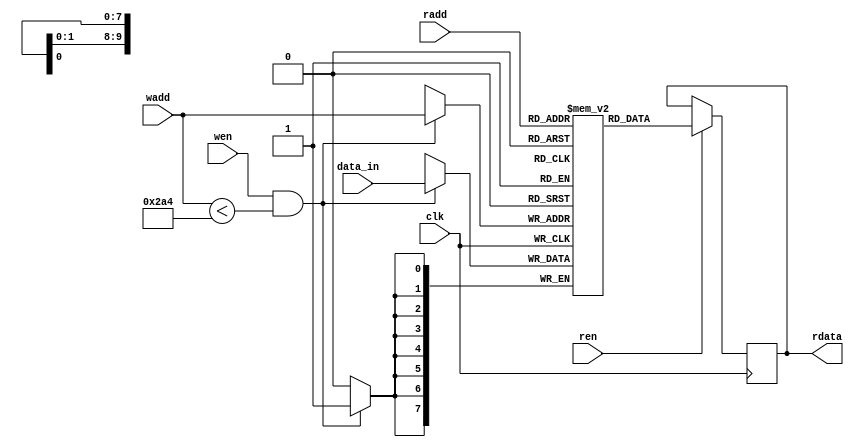
`timescale 1ns / 1ps
//////////////////////////////////////////////////////////////////////////////////
// Company: 
// Engineer: 
// 
// Design Name: 
// Module Name: memory_rstl_conv_2
// Project Name: 
// Target Devices: 
// Tool Versions: 
// Description: 
// 
// Dependencies: 
// 
// Revision:
// Revision 0.01 - File Created
// Additional Comments:
// 
//////////////////////////////////////////////////////////////////////////////////


module memory_rstl_conv_2 //test soc
#(
    //memory_rstl_conv
    parameter n_c = 5'd26,  //number of column matrix image 
    parameter n_r = 5'd26,  //number of rows matrix image 
    parameter dataWidthImg= 16,
    parameter numWeightRstlConv = 676,
    parameter addressWidthRstlConv = 10, 
    parameter dataWidthRstlConv = 8
)
( 
    input clk,
    input wen,
    input ren,
    input [addressWidthRstlConv-1:0] wadd,
    input [addressWidthRstlConv-1:0] radd,
    input signed [dataWidthRstlConv-1:0] data_in,

    output reg [dataWidthRstlConv-1:0] rdata

);
    
    reg [dataWidthRstlConv-1:0] mem_rstl_conv2 [numWeightRstlConv-1:0];



    always @(posedge clk)
    begin
       if (wen & (wadd < numWeightRstlConv))
       begin
           mem_rstl_conv2[wadd] <= data_in;
           $display("conv2, %d",wadd,data_in); 

       end
    end 
    
    always @(posedge clk)
    begin
        if (ren)
        begin
            rdata <= mem_rstl_conv2[radd];

        end
    end 
endmodule























//module memory_rstl_conv_2
//#(
//    //memory_rstl_conv
//    parameter n_c = 5'd26,  //number of column matrix image 
//    parameter n_r = 5'd26,  //number of rows matrix image 
//    parameter dataWidthImg= 16,
//    parameter numWeightRstlConv = 676,
//    parameter addressWidthRstlConv = 10, 
//    parameter dataWidthRstlConv = 8
//)
//( 
//    input clk,
//    input wen,
//    input ren,
//    input [addressWidthRstlConv-1:0] wadd,
//    input [addressWidthRstlConv-1:0] radd1,
//    input [addressWidthRstlConv-1:0] radd2,
//    input signed [dataWidthRstlConv-1:0] data_in,

//    output reg [dataWidthRstlConv-1:0] rdata0,
//    output reg [dataWidthRstlConv-1:0] rdata1,
//    output reg [dataWidthRstlConv-1:0] rdata2,
//    output reg [dataWidthRstlConv-1:0] rdata3 

//);
    
//    reg [dataWidthRstlConv-1:0] mem_rstl_conv2 [numWeightRstlConv-1:0];

//    wire [11-1:0] p_img_0;
//    wire [11-1:0] p_img_1;
//    wire [11-1:0] p_img_2;
//    wire [11-1:0] p_img_3;
    
//    assign p_img_0 = (0+radd1)*(n_c) + (0+radd2);
//    assign p_img_1 = (0+radd1)*(n_c) + (1+radd2);
//    assign p_img_2 = (1+radd1)*(n_c) + (0+radd2);
//    assign p_img_3 = (1+radd1)*(n_c) + (1+radd2);     


//    always @(posedge clk)
//  begin
//     if (wen & (wadd < numWeightRstlConv))
//     begin
//         mem_rstl_conv2[wadd] <= data_in;
//         //$display("wadd2, %d",wadd,data_in); 

//     end
//  end 
    
//    always @(posedge clk)
//    begin
//        if (ren)
//        begin
//            rdata0 <= mem_rstl_conv2[p_img_0];
//            rdata1 <= mem_rstl_conv2[p_img_1];
//            rdata2 <= mem_rstl_conv2[p_img_2];
//            rdata3 <= mem_rstl_conv2[p_img_3];
//        end
//    end 
//endmodule